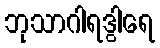
ဘုသာဂါရဒွါရေ